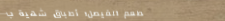
مطعم الفيصل: أطباق شهية ب